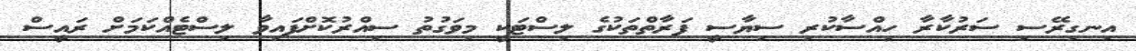
އިނގިރޭސި ސަރުކާރާ ހިއްސާކުރި ސިޔާސީ ފަރާތްތަކުގެ ލިސްޓަކީ މިވަގުތު ސިއްރުކޮށްފައިވާ ލިސްޓެއްކަމަށް ރައީސް